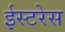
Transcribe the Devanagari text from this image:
ईस्टरेस